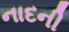
નાદની